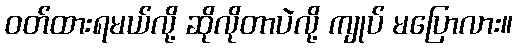
ဝတ်ထားရမယ်လို့ ဆိုလိုတာပဲလို့ ကျုပ် မပြောလား။